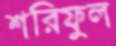
শরিফুল